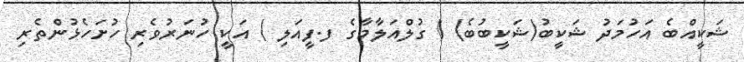
ޝަކީއްބެ އަހުމަދު ޝަކީބު(ޝަކީބުބެ) ( ގުލްއަލާމާގެ ފ.ފީއަލި ) އަކީ ހުނަރުވެރި ހުށަހެޅުންތެރި